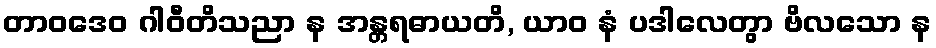
တာဝဒေဝ ဂါဝီတိသညာ န အန္တရဓာယတိ, ယာဝ နံ ပဒါလေတွာ ဗိလသော န